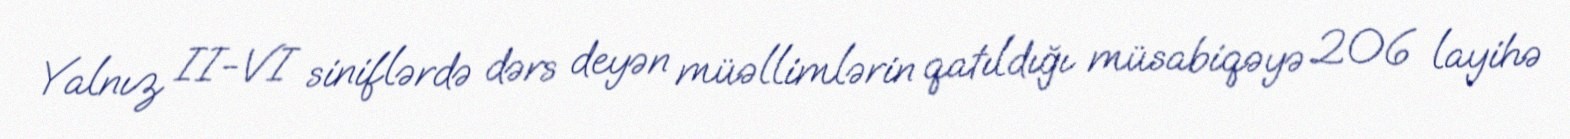
Yalnız II-VI siniflərdə dərs deyən müəllimlərin qatıldığı müsabiqəyə 206 layihə